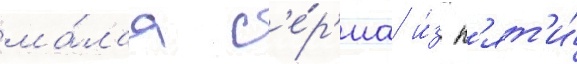
ма́лаа с'е́р'иа и́з п'ят'и́